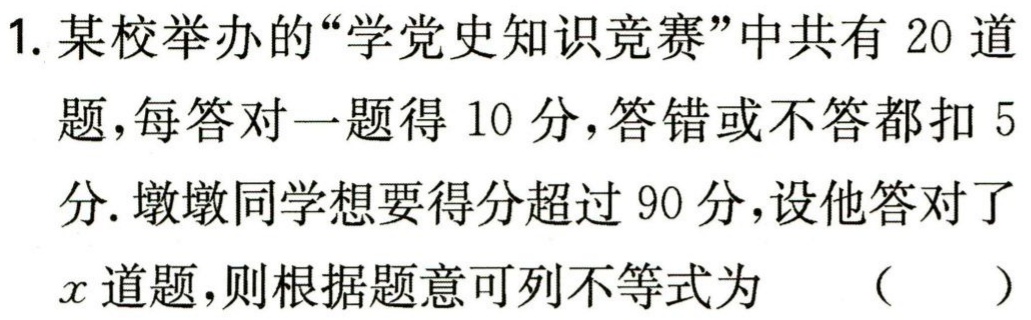
1. 某校举办的“学党史知识竞赛”中共有 20 道

题，每答对一题得 10 分，答错或不答都扣 5

分.墩墩同学想要得分超过 90 分，设他答对了

\(x\)道题，则根据题意可列不等式为  （  ）